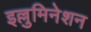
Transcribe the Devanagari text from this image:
इल्लुमिनेशन